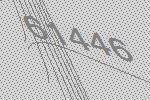
61446